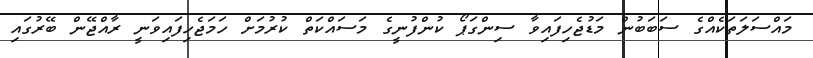
މައްސަލަތަކެއްގެ ސަބަބުން މަޑުޖެހިފައިވާ ސިންގަޕޯ ކުންފުނީގެ މަސައްކަތް ކުރުމަށް ހަމަޖެހިފައިވަނީ ރާއްޖޭން ބޭރުގައި